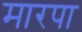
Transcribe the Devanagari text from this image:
मारपा